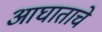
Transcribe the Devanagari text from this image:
आघाताचे